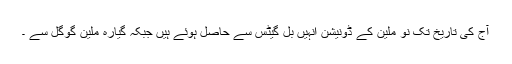
آج کی تاریخ تک نو ملین کے ڈونیشن انہیں بل گیٹس سے حاصل ہوئے ہیں جبکہ گیارہ ملین گوگل سے ۔